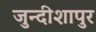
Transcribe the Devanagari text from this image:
जुन्दीशापुर